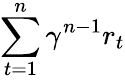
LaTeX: \sum_{t=1}^{n}\gamma^{n-1}r_{t}